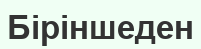
Біріншеден